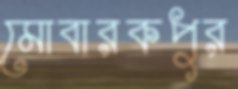
মোবারকপুর